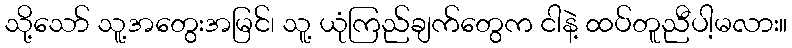
သို့သော် သူ့အတွေးအမြင်၊ သူ့ ယုံကြည်ချက်တွေက ငါနဲ့ ထပ်တူညီပါ့မလား။